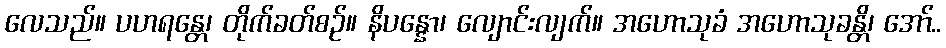
လေသည်။ ပဟရန္တေ၊ တိုက်ခတ်စဉ်။ နိပန္နော၊ လျောင်းလျက်။ အဟောသုခံ အဟောသုခန္တိ၊ အော်..